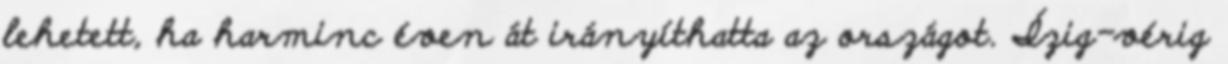
lehetett, ha harminc éven át irányíthatta az országot. Ízig-vérig